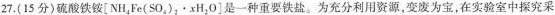
27. (15分)硫酸铁铵$$[ N H _ { 4 } F e ( S O _ { & } _ { 2 } \cdot x H _ { 2 } O ]$$是一种重要铁盐。为充分利用资源，变废为宝，在实验室中探究采